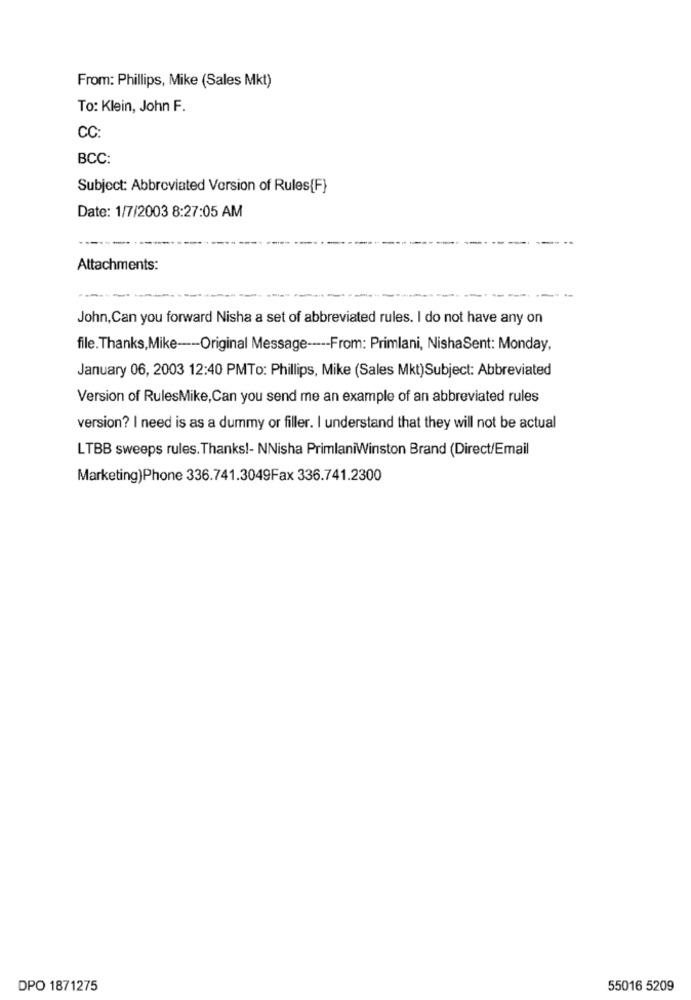
From: Phillips, Mike (Sales Mkt)
To: Klein, John F.
CC:
BCC:
Subject: Abbreviated Version of Rules{F}
Date: 1/7/2003 8:27:05 AM
-----...
Attachments:
John,Can you forward Nisha a set of abbreviated rules. I do not have any on
file. Thanks,Mike ----- Original Message ----- From: Primlani, NishaSent: Monday,
January 06, 2003 12:40 PMTo: Phillips, Mike (Sales Mkt)Subject: Abbreviated
Version of RulesMike,Can you send me an example of an abbreviated rules
version? I need is as a dummy or filler. I understand that they will not be actual
LTBB sweeps rules. Thanks !- NNisha PrimlaniWinston Brand (Direct/Email
Marketing)Phone 336.741.3049Fax 336.741.2300
DPO 1871275
55016 5209